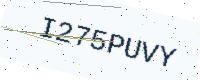
Text: I275PUVY